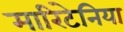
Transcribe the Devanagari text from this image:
मारिटेनिया